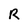
Character: R